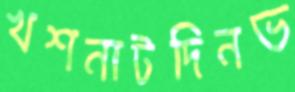
খশনাটদিনভ